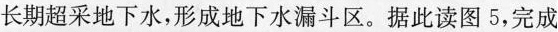
长期超采地下水，形成地下水漏斗区。据此读图5，完成